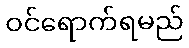
ဝင်ရောက်ရမည်